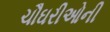
ચૌઘરીઓની